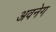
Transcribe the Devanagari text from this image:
अवनेग